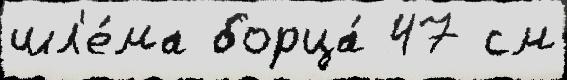
шл'е́ма борца́ 47 см